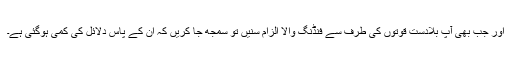
اور جب بھی آپ بلادست قوتوں کی طرف سے فنڈنگ والا الزام سنیں تو سمجھ جا کریں کہ ان کے پاس دلائل کی کمی ہوگئی ہے۔